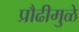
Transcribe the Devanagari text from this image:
प्रौढीमुळे